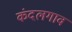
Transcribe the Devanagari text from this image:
कंदलगाव